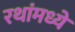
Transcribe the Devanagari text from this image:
रथांमध्ये